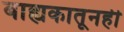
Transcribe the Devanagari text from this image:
बाह्यकातूनही